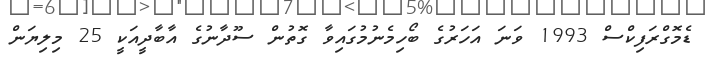
ޑެމޮގްރަފިކްސް 1993 ވަނަ އަހަރުގެ ބޯހިމެނުމުގައިވާ ގޮތުން ސޫދާނުގެ އާބާދީއަކީ 25 މިލިޔަން